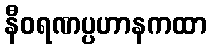
နီဝရဏပ္ပဟာနကထာ